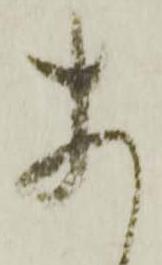
あ